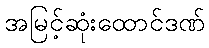
အမြင့်ဆုံးထောင်ဒဏ်